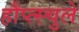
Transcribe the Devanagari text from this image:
हौप्त्स्चुले